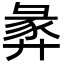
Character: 𢍝